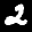
Label: 2